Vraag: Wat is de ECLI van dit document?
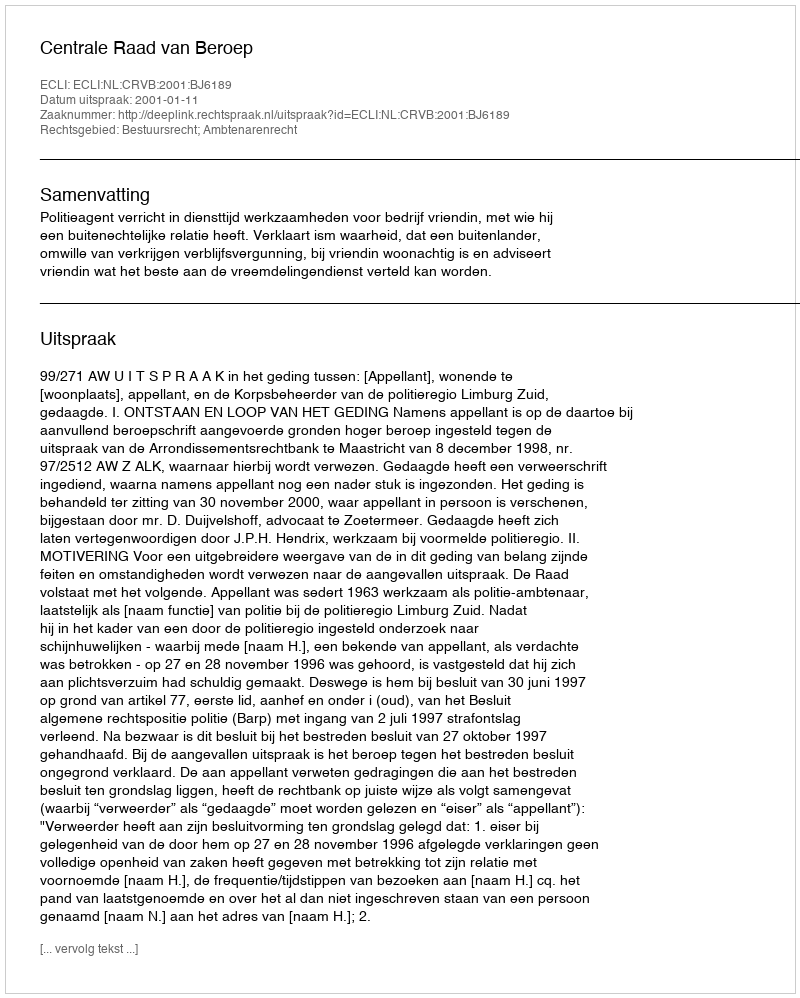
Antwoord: ECLI:NL:CRVB:2001:BJ6189